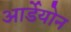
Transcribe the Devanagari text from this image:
आर्डेयोन